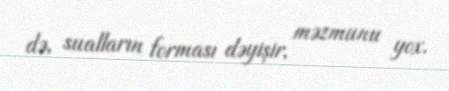
də, sualların forması dəyişir, məzmunu yox.